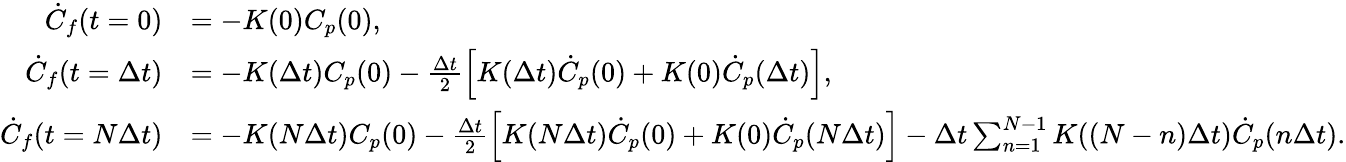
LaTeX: \begin{array}{rl}{\dot{C}_{f}(t=0)}&{=-K(0)C_{p}(0),}\\ {\dot{C}_{f}(t=\Delta t)}&{=-K(\Delta t)C_{p}(0)-\frac{\Delta t}{2}\left[K(\Delta t)\dot{C}_{p}(0)+K(0)\dot{C}_{p}(\Delta t)\right],}\\ {\dot{C}_{f}(t=N\Delta t)}&{=-K(N\Delta t)C_{p}(0)-\frac{\Delta t}{2}\left[K(N\Delta t)\dot{C}_{p}(0)+K(0)\dot{C}_{p}(N\Delta t)\right]-\Delta t\sum_{n=1}^{N-1}K((N-n)\Delta t)\dot{C}_{p}(n\Delta t).}\end{array}